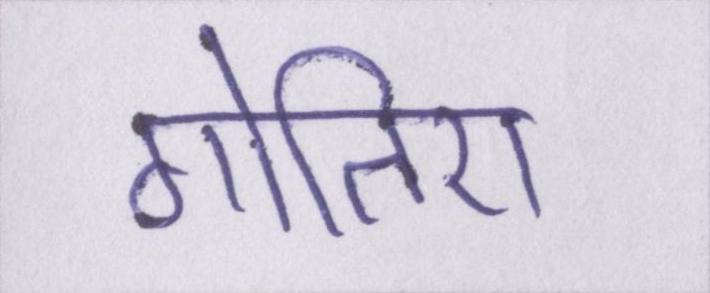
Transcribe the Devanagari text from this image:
गोतिए